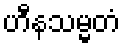
ဟီနသမ္မတံ